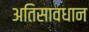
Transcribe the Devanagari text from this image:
अतिसावधान